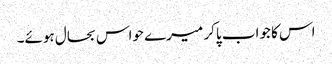
اس کا جواب پاکر میرے حواس بحال ہوئے۔